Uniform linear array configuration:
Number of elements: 64
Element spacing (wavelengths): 0.5
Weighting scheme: kaiser
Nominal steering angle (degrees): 45
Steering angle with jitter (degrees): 46.897
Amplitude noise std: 0.05
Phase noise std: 0.05

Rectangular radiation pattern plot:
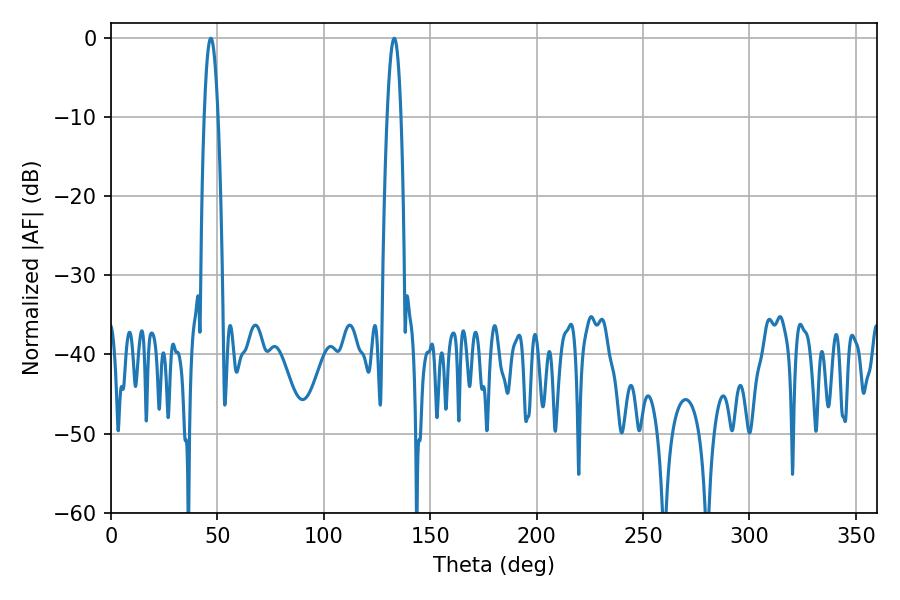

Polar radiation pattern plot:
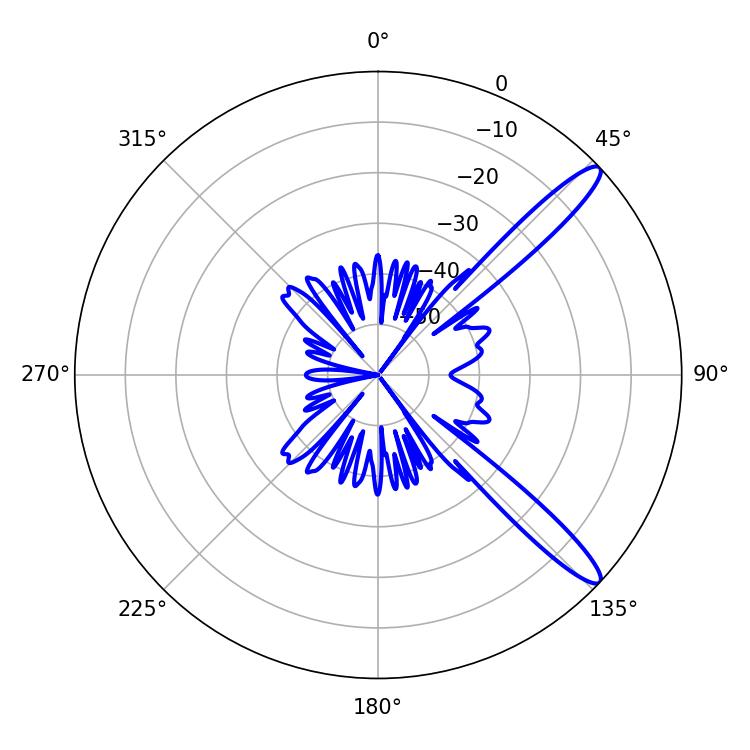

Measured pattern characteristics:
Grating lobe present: FALSE
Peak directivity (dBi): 13.032
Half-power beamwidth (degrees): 3.6
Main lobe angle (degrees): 46.98